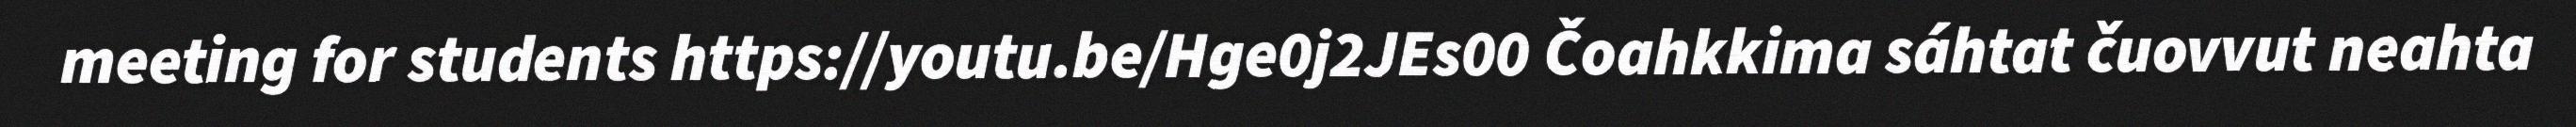
meeting for students https://youtu.be/Hge0j2JEs00 Čoahkkima sáhtat čuovvut neahta